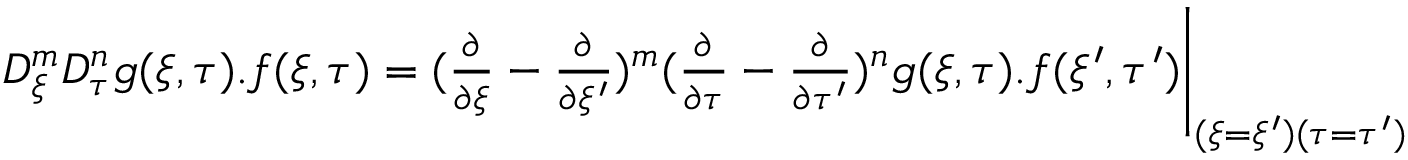
\begin{array} { r } { D _ { \xi } ^ { m } D _ { \tau } ^ { n } g ( \xi , \tau ) . f ( \xi , \tau ) = ( \frac { \partial } { \partial \xi } - \frac { \partial } { \partial \xi ^ { \prime } } ) ^ { m } ( \frac { \partial } { \partial \tau } - \frac { \partial } { \partial \tau ^ { \prime } } ) ^ { n } g ( \xi , \tau ) . f ( \xi ^ { \prime } , \tau ^ { \prime } ) \Bigg | _ { ( \xi = \xi ^ { \prime } ) ( \tau = \tau ^ { \prime } ) } } \end{array}